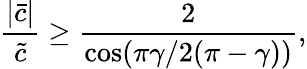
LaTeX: \frac{|\bar{c}|}{\tilde{c}}\geq\frac{2}{\cos(\pi\gamma/2(\pi-\gamma))},